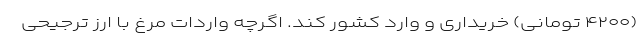
(۴۲۰۰ تومانی) خریداری و وارد کشور کند. اگرچه واردات مرغ با ارز ترجیحی